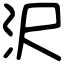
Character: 沢